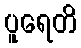
ပူရေတိ